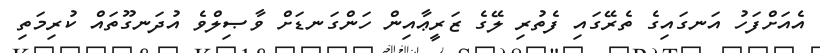
އެއަަށްފަހު އަނގައިގެ ތެރޭގައި ފެތުރި ލޭގެ ޒަރީޢާއިން ހަންގަނޑަށް ވާޞިލްވެ އުދަނގޫތައް ކުރިމަތި